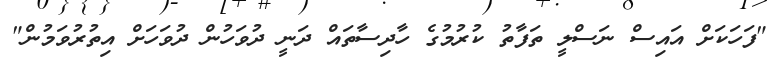
"ފަހަކަށް އައިސް ނަސްލީ ތަފާތު ކުރުމުގެ ހާދިސާތައް ދަނީ ދުވަހުން ދުވަހަށް އިތުރުވަމުން"